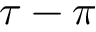
\tau - \pi